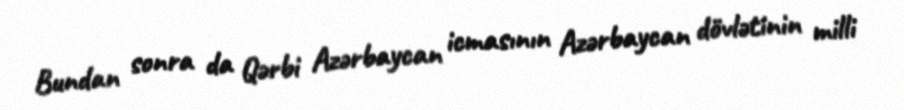
Bundan sonra da Qərbi Azərbaycan icmasının Azərbaycan dövlətinin milli